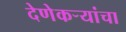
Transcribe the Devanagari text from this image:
देणेकऱ्यांचा